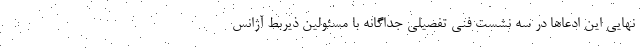
نهایی این ادعاها در سه نشست فنی تفصیلی جداگانه با مسئولین ذیربط آژانس